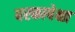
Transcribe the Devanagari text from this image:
बरकापेक्षा